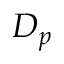
D _ { p }